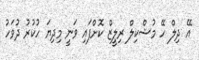
އޭ ދިލް ހޭ މުޝްކިލް ރިލީޒް ކޮށްފައި ވަނީ މިދިޔަ ހުކުރު ދުވަހު